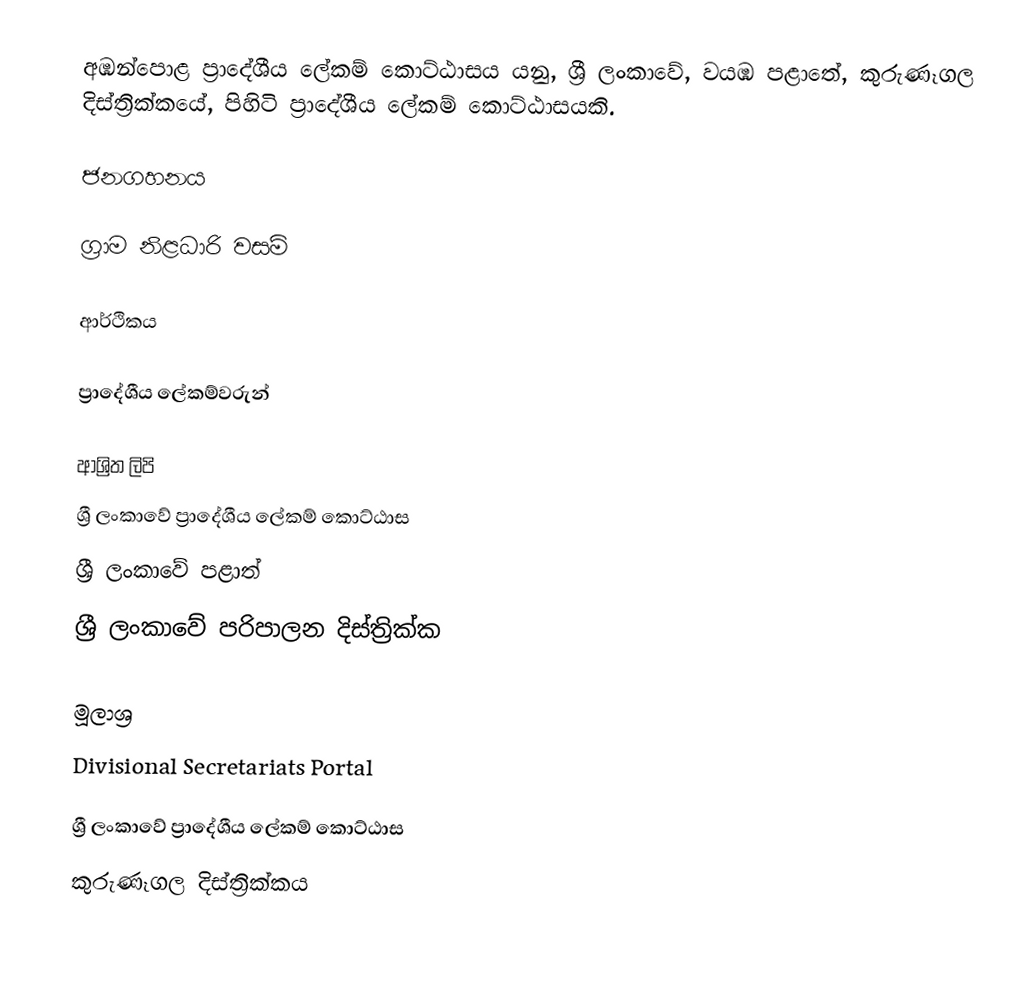
අඹන්පොළ ප්‍රාදේශීය ලේකම් කොට්ඨාසය යනු,  ශ්‍රී ලංකාවේ, වයඹ පළාතේ,   කුරුණෑගල දිස්ත්‍රික්කයේ, පිහිටි ප්‍රාදේශීය ලේකම් කොට්ඨාසයකි.

ජනගහනය

ග්‍රාම නිළධාරි වසම්

ආර්ථිකය

ප්‍රාදේශීය ලේකම්වරුන්

ආශ්‍රිත ලිපි
ශ්‍රී ලංකාවේ ප්‍රාදේශීය ලේකම් කොට්ඨාස
ශ්‍රී ලංකාවේ පළාත්
ශ්‍රී ලංකාවේ පරිපාලන දිස්ත්‍රික්ක

මූලාශ්‍ර
 Divisional Secretariats Portal

ශ්‍රී ලංකාවේ ප්‍රාදේශීය ලේකම් කොට්ඨාස
කුරුණෑගල දිස්ත්‍රික්කය